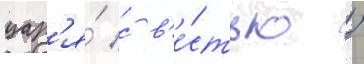
цар'я́ с в'е́стью /